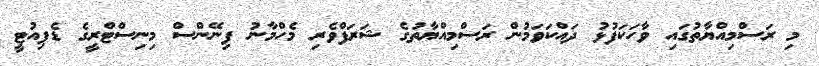
މި ރަސްމިއްޔާތުގައި ވާހަކަފުޅު ދައްކަވަމުން ރަސްމިއްޔާތުގެ ޝަރަފްވެރި މެހްމާނު ފިނޭންސް މިނިސްޓްރީގެ ޑެޕިއުޓީ